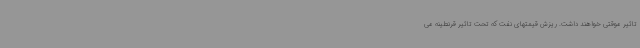
تاثیر موقتی خواهند داشت. ریزش قیمتهای نفت که تحت تاثیر قرنطینه می